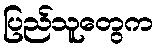
ပြည်သူတွေက